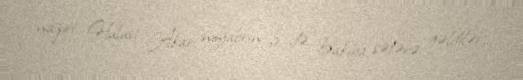
naziri Hulusi Akar noyabrın 8-də Bakıya səfərə gəldilər.